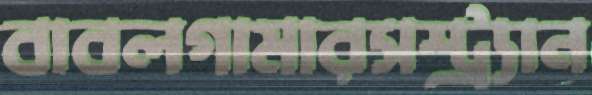
বাবলগামারসস্ট্র্যান